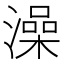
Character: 澡